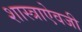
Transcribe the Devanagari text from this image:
शास्त्राऐवजी